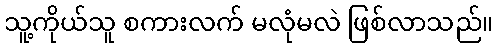
သူ့ကိုယ်သူ စကားလက် မလုံမလဲ ဖြစ်လာသည်။